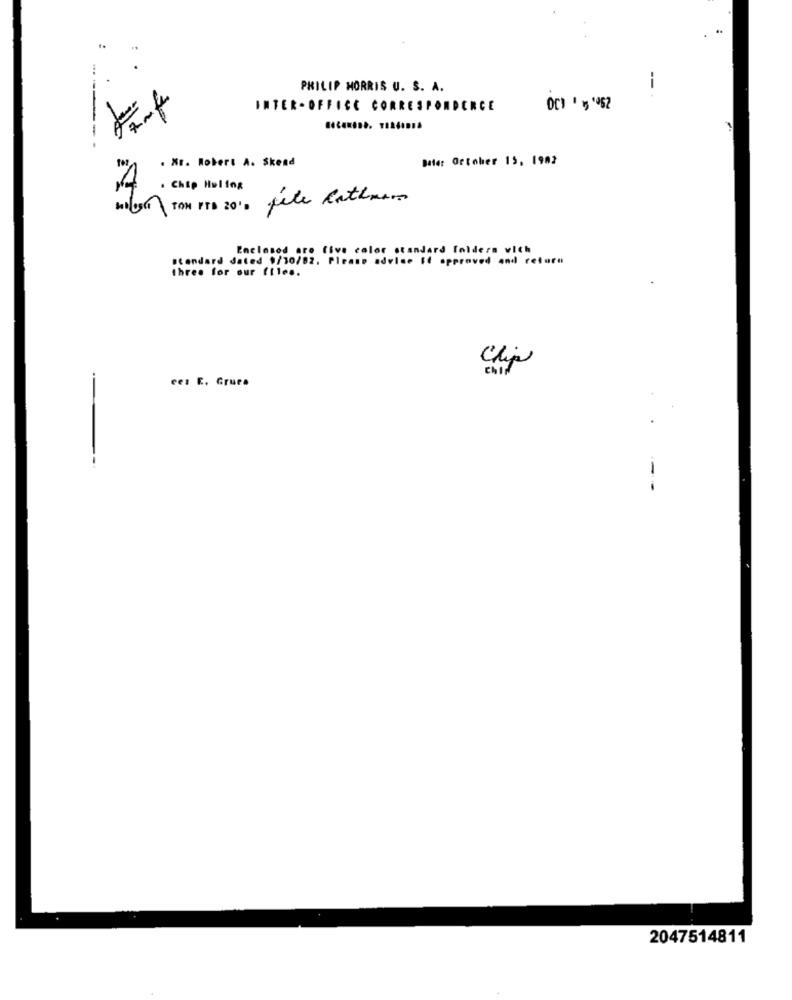
PHILIP MORRIS U. S. A.
-- .
INTER- OFFICE CORRESPONDERCE
DCI 1 5 '062
----
. WE. Robert A. Skend
Date: October 15, 1982
A
. Chip Heling
2010 OT TON PTB 20'D
Enclosed are five color standard folders with
standard dated 9/10/82. Please advise If approved and return
three for our files.
Clip
ces E. Gruca
--
2047514811